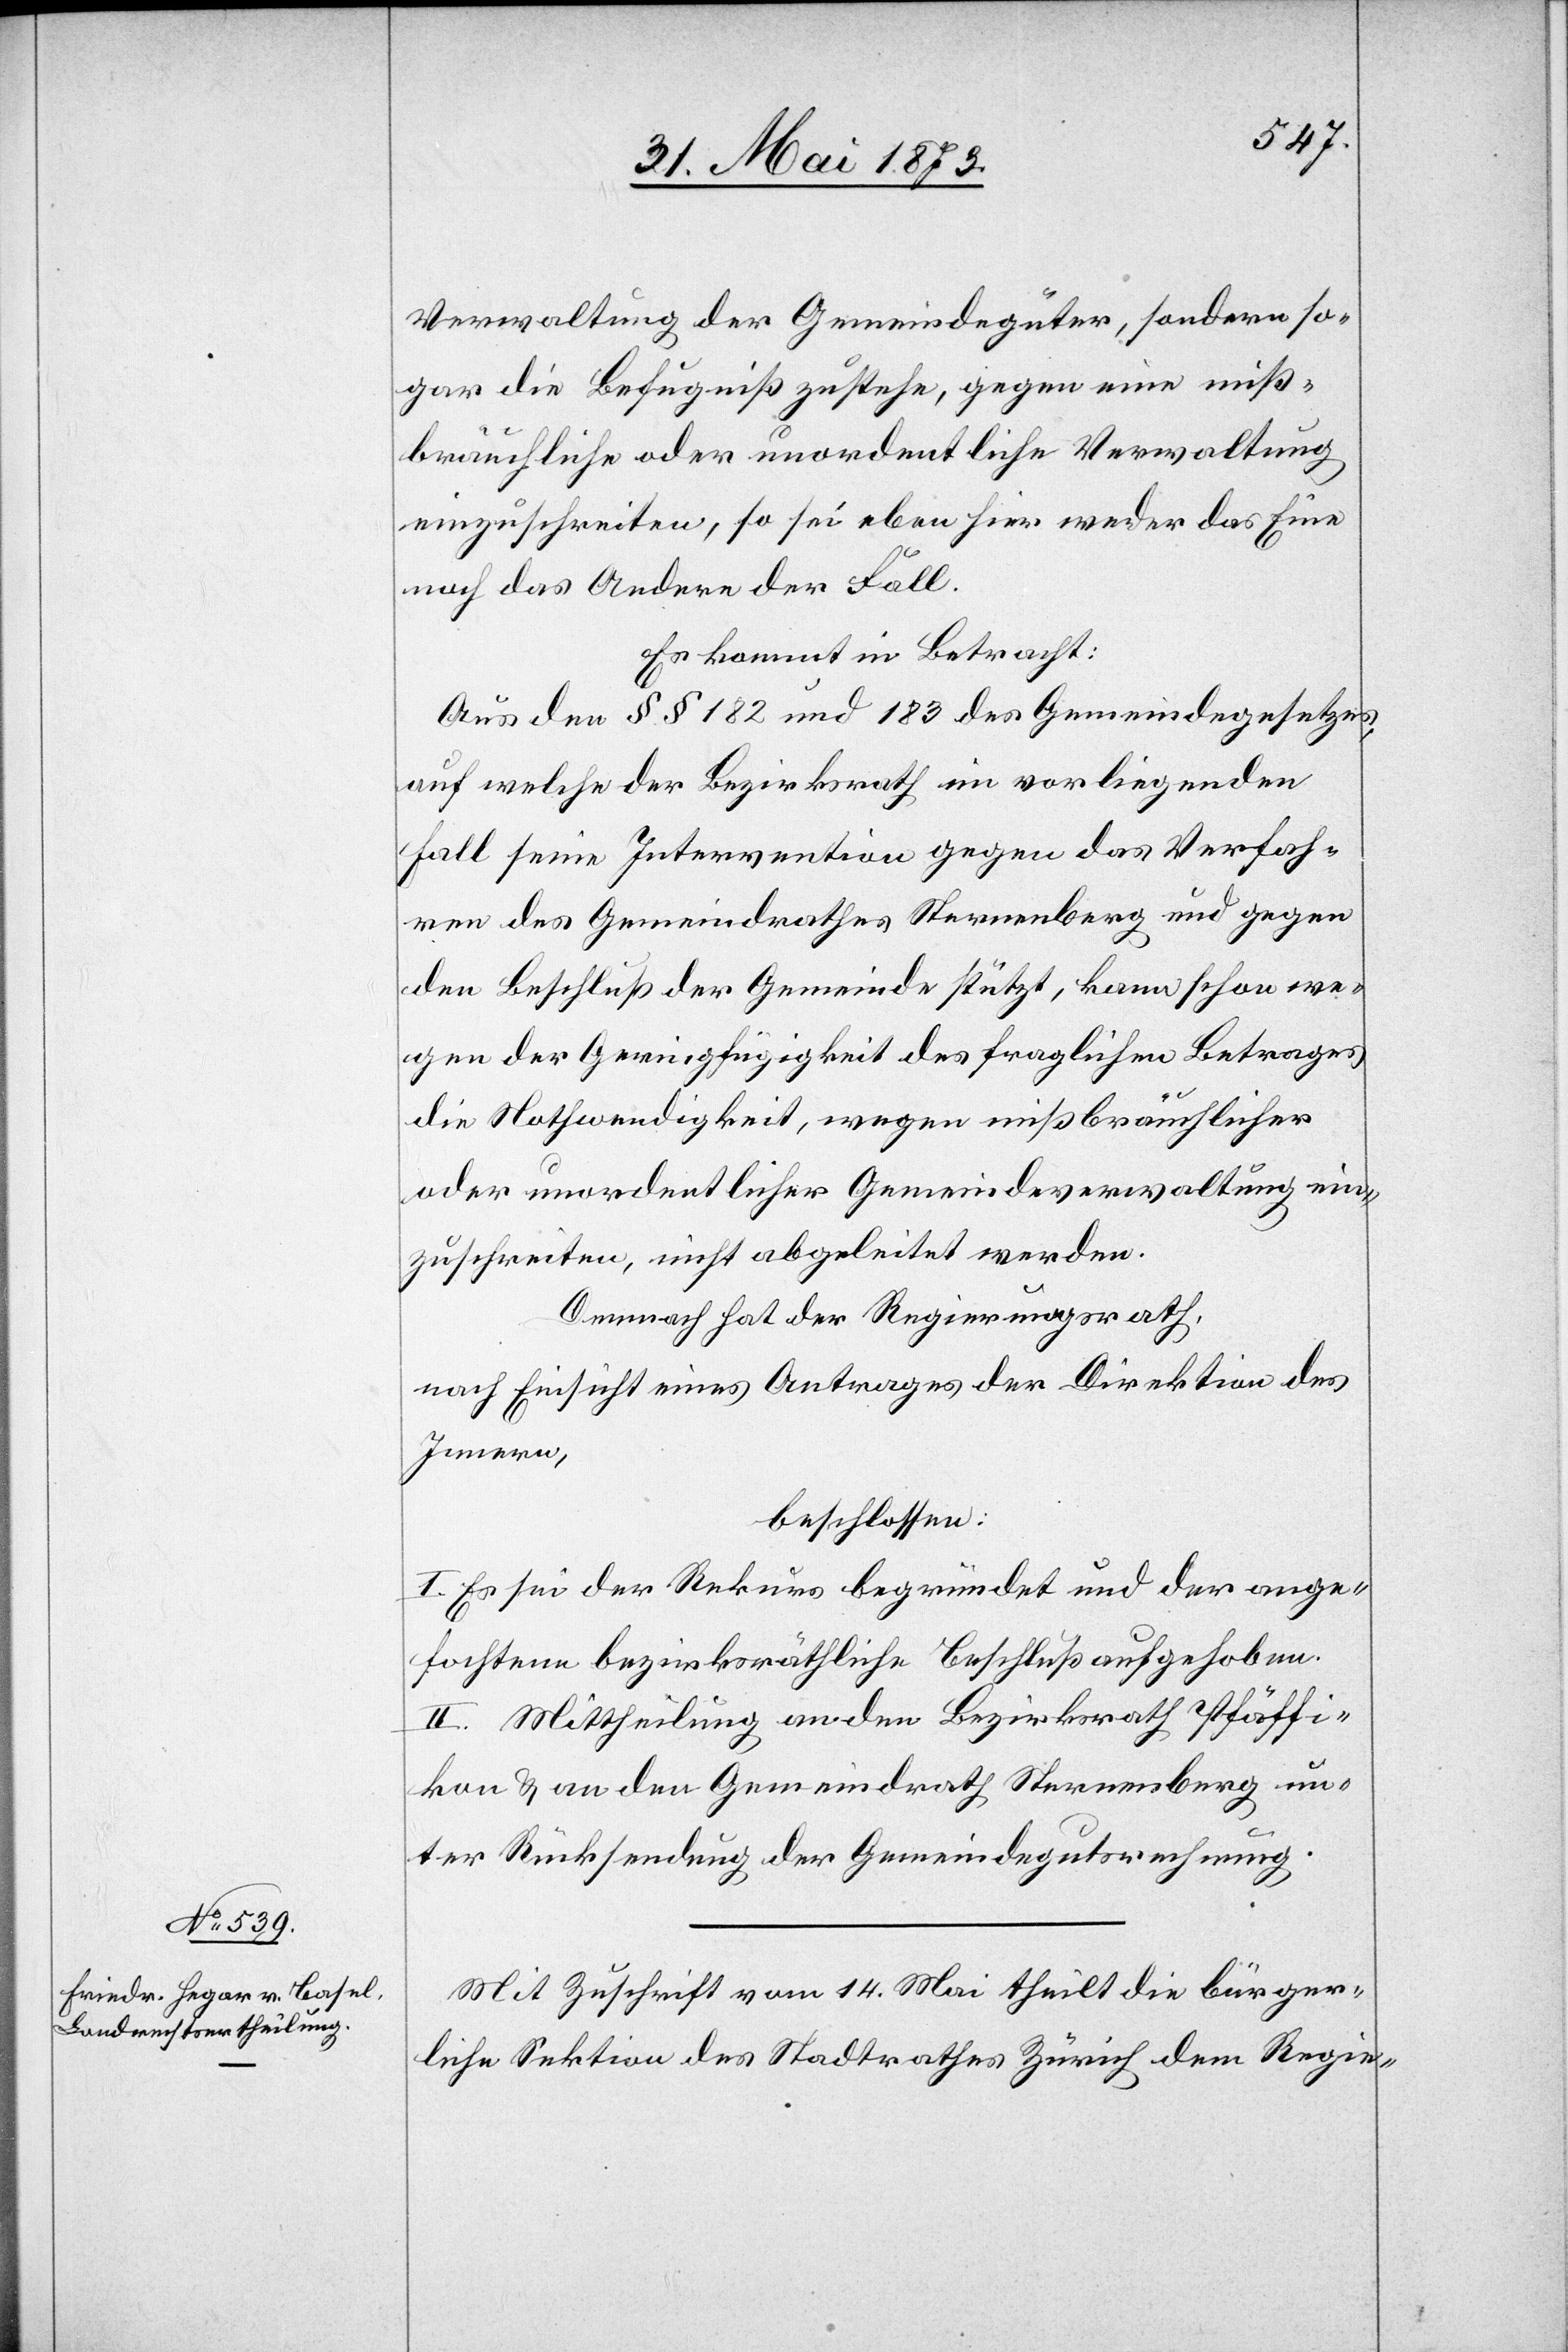
Verwaltung der Gemeindegüter, sondern so¬
gar die Befugniß zustehe, gegen eine miß¬
bräuchliche oder unordentliche Verwaltung
einzuschreiten, so sei eben hier weder das Eine
noch das Andere der Fall.
Es kommt in Betracht:
Aus den § § 182 und 183 des Gemeindegesetzes,
auf welche der Bezirksrath im vorliegenden
Fall seine Intervention gegen das Verfah¬
ren des Gemeindrathes Sternenberg und gegen
den Beschluß der Gemeinde stützt, kann schon we¬
gen der Geringfügigkeit des fraglichen Betrages
die Nothwendigkeit, wegen mißbräuchlicher
oder unordentlicher Gemeindeverwaltung ein¬
zuschreiten, nicht abgeleitet werden.
Demnach hat der Regierungsrath,
nach Einsicht eines Antrages der Direktion des
Innern,
beschlossen:
I. Es sei der Rekurs begründet und der ange¬
fochtene bezirksräthliche Beschluß aufgehoben.
II. Mittheilung an den Bezirksrath Pfäffi¬
kon & an den Gemeindrath Sternenberg un¬
ter Rücksendung der Gemeindegutsrechnung.
Mit Zuschrift vom 14. Mai theilt die bürger¬
liche Sektion des Stadtrathes Zürich dem Regie-